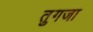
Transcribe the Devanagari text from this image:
तुगजा